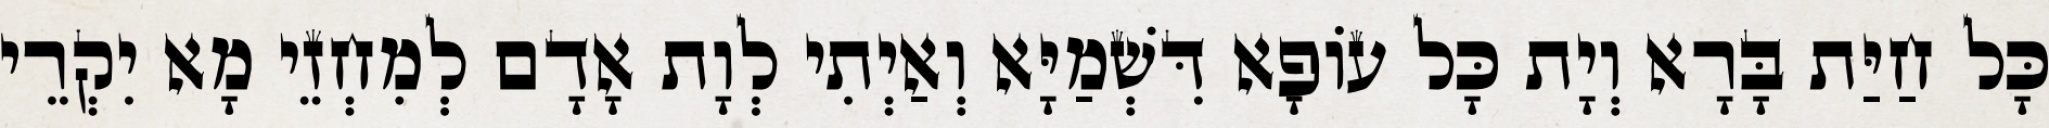
כָּל חַיַּת בָּרָא וְיָת כָּל עוֹפָא דִּשְׁמַיָּא וְאַיְתִי לְוָת אָדָם לְמִחְזֵי מָא יִקְרֵי